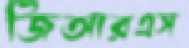
জিআরএস